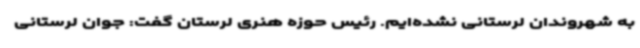
به شهروندان لرستانی نشده‌ایم. رئیس حوزه هنری لرستان گفت: جوان لرستانی